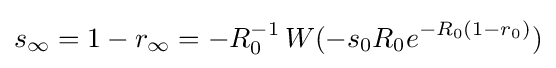
s_{\infty }=1-r_{\infty }=-R_{0}^{-1}\,W(-s_{0}R_{0}e^{-R_{0}(1-r_{0})})